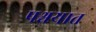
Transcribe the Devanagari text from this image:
पश्चयात